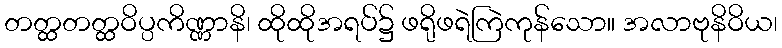
တတ္ထတတ္ထဝိပ္ပကိဏ္ဏာနိ၊ ထိုထိုအရပ်၌ ဖရိုဖရဲကြဲကုန်သော။ အလာဗုနိဝိယ၊